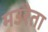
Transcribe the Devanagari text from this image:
मउरेता